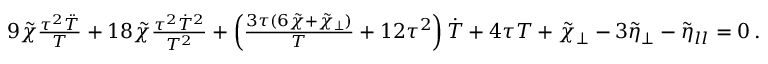
\begin{array} { r l r } & { } & { 9 \tilde { \chi } \frac { \tau ^ { 2 } \ddot { T } } { T } + 1 8 \tilde { \chi } \frac { \tau ^ { 2 } \dot { T } ^ { 2 } } { T ^ { 2 } } + \left( \frac { 3 \tau ( 6 \tilde { \chi } + \tilde { \chi } _ { \perp } ) } { T } + 1 2 \tau ^ { 2 } \right) \dot { T } + 4 \tau T + \tilde { \chi } _ { \perp } - 3 \tilde { \eta } _ { \perp } - \tilde { \eta } _ { l l } = 0 \, . } \end{array}